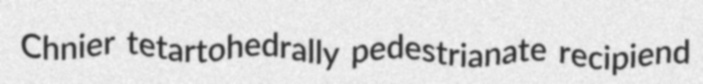
Chnier tetartohedrally pedestrianate recipiend